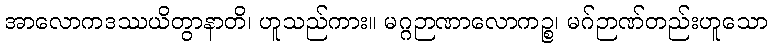
အာလောကဒဿယိတွာနာတိ၊ ဟူသည်ကား။ မဂ္ဂဉာဏာလောကဉ္စ၊ မဂ်ဉာဏ်တည်းဟူသော